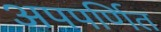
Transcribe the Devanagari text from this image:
अपपर्णित